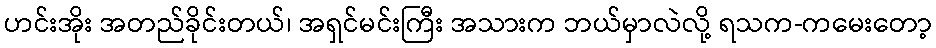
ဟင်းအိုး အတည်ခိုင်းတယ်၊ အရှင်မင်းကြီး အသားက ဘယ်မှာလဲလို့ ရသက-ကမေးတော့